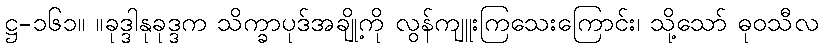
ဋ္ဌ-၁၆၁။ ။ခုဒ္ဒါနုခုဒ္ဒက သိက္ခာပုဒ်အချို့ကို လွန်ကျူးကြသေးကြောင်း၊ သို့သော် ဓုဝသီလ